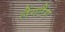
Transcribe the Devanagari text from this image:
लैंगटैंग